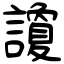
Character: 讂